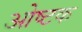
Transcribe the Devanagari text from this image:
ओष्टक